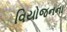
વિયોજનના